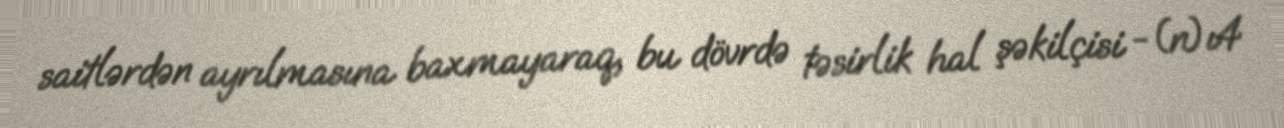
saitlərdən ayrılmasına baxmayaraq, bu dövrdə təsirlik hal şəkilçisi -(n)ı4